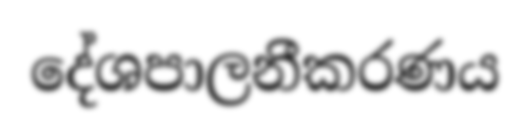
දේශපාලනීකරණය